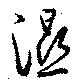
濕